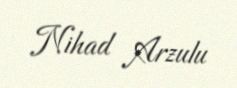
Nihad Arzulu